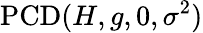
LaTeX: \operatorname{PCD}(H,g,0,\sigma^{2})